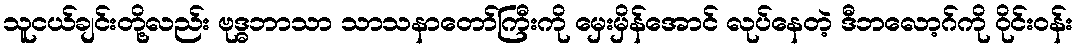
သူငယ်ချင်းတို့လည်း ဗုဒ္ဓဘာသာ သာသနာတော်ကြီးကို မှေးမှိန်အောင် လုပ်နေတဲ့ ဒီဘလော့ဂ်ကို ဝိုင်းဝန်း